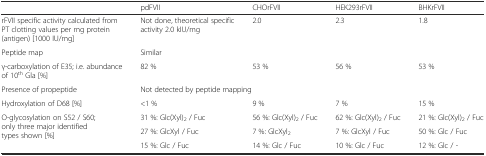
|  | pdFVII | CHOrFVII | HEK293rFVII | BHKrFVII |
 | --- | --- | --- | --- | --- |
 | rFVII specific activity calculated from PT clotting values per mg protein (antigen) [1000 IU/mg] | Not done, theoretical specific activity 2.0 kIU/mg | 2.0 | 2.3 | 1.8 |
 | Peptide map | <COLSPAN=4> Similar |
 | γ-carboxylation of E35; i.e. abundance of 10th Gla [%] | 82 % | 53 % | 56 % | 53 % |
 | Presence of propeptide | <COLSPAN=4> Not detected by peptide mapping |
 | Hydroxylation of D68 [%] | <1 % | 9 % | 7 % | 15 % |
 | <ROWSPAN=3> O-glycosylation on S52 / S60; only three major identified types shown [%] | 31 %: Glc(Xyl)2 / Fuc | 56 %: Glc(Xyl)2 / Fuc | 62 %: Glc(Xyl)2 / Fuc | 21 %: Glc(Xyl)2 / Fuc |
 | 27 %: GlcXyl / Fuc | 7 %: GlcXyl2 | 7 %: GlcXyl / Fuc | 50 %: Glc / Fuc |
 | 15 %: Glc / Fuc | 14 %: Glc / Fuc | 10 %: Glc / Fuc | 12 %: Glc / - |